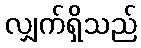
လျှက်ရှိသည်